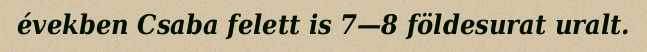
években Csaba felett is 7—8 földesurat uralt.